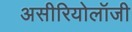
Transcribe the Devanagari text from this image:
असीरियोलॉजी